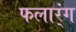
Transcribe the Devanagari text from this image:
फलार्ंग